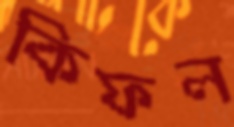
কিফল